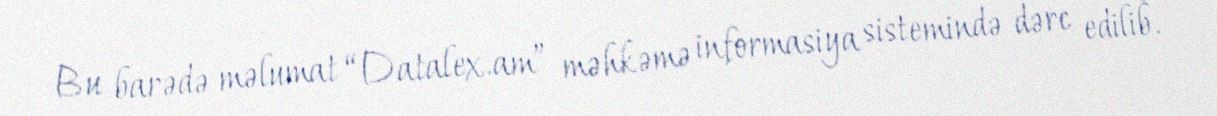
Bu barədə məlumat “Datalex.am” məhkəmə informasiya sistemində dərc edilib.